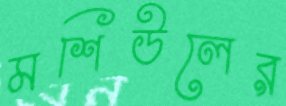
মশিউলের